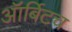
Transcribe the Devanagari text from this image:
ऑर्बिटच